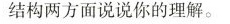
结构两方面说说你的理解。